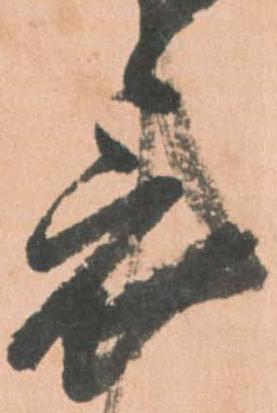
表